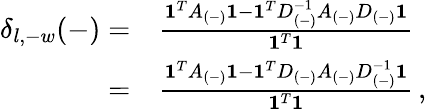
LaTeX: \begin{array}{rl}{\delta_{l,-w}(-)=}&{\frac{\mathbf{1}^{T}A_{(-)}\mathbf{1}-\mathbf{1}^{T}D_{(-)}^{-1}A_{(-)}D_{(-)}\mathbf{1}}{\mathbf{1}^{T}\mathbf{1}}}\\ {=}&{\frac{\mathbf{1}^{T}A_{(-)}\mathbf{1}-\mathbf{1}^{T}D_{(-)}A_{(-)}D_{(-)}^{-1}\mathbf{1}}{\mathbf{1}^{T}\mathbf{1}}\, ,}\end{array}